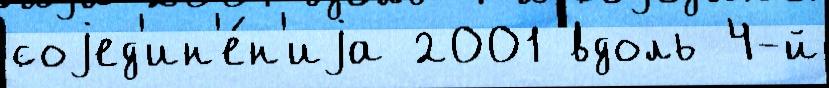
соjед'ин'е́н'иjа 2001 вдоль 4-й